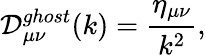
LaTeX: {\cal D}_{{\mu}{\nu}}^{ghost}(k)=\frac{\eta_{{\mu}{\nu}}}{k^{2}},